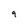
Character: 9